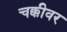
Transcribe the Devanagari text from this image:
चक्कीवर